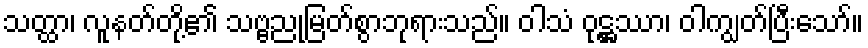
သတ္ထာ၊ လူနတ်တို့၏ သဗ္ဗညုမြတ်စွာဘုရားသည်။ ဝါသံ ဝုဋ္ဌဿာ၊ ဝါကျွတ်ပြီးသော်။